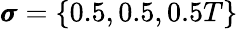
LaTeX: \pmb{\sigma}=\{ 0.5,0.5,0.5T\}